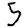
Digit: 5